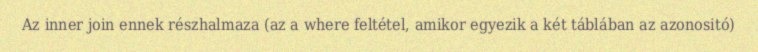
Az inner join ennek részhalmaza (az a where feltétel, amikor egyezik a két táblában az azonositó)